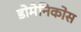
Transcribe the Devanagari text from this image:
डोमेनिकोस